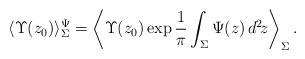
LaTeX: \begin{align*}\langle \Upsilon(z_0)\rangle_{\Sigma}^{\Psi}=\left\langle\Upsilon(z_0)\exp\frac{1}{\pi}\int_{\Sigma}\Psi(z)\,d^2\!z\right\rangle_{\Sigma} .\end{align*}